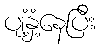
ပျံ့နှံ့နေပြီး